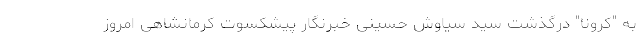
به "کرونا" درگذشت سید سیاوش حسینی خبرنگار پیشکسوت کرمانشاهی امروز